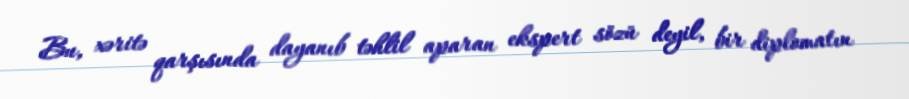
Bu, xəritə qarşısında dayanıb təhlil aparan ekspert sözü deyil, bir diplomatın